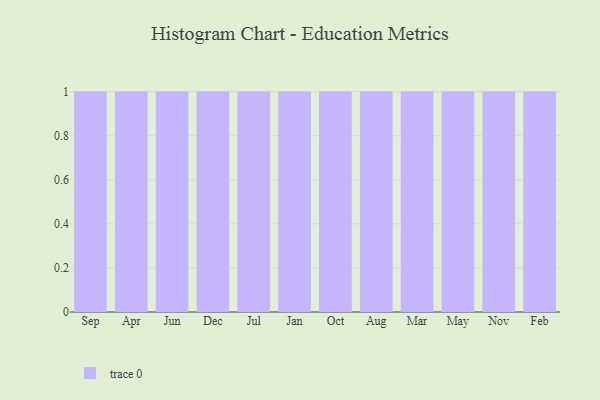
{"axis": {"x": "Month", "y": "Humidity (%)"}, "legend": [""], "data": [{"x": "Sep", "y": 11, "type": ""}, {"x": "Apr", "y": 69, "type": ""}, {"x": "Jun", "y": 74, "type": ""}, {"x": "Dec", "y": 19, "type": ""}, {"x": "Jul", "y": 23, "type": ""}, {"x": "Jan", "y": 45, "type": ""}, {"x": "Oct", "y": 67, "type": ""}, {"x": "Aug", "y": 65, "type": ""}, {"x": "Mar", "y": 32, "type": ""}, {"x": "May", "y": 89, "type": ""}, {"x": "Nov", "y": 29, "type": ""}, {"x": "Feb", "y": 43, "type": ""}]}